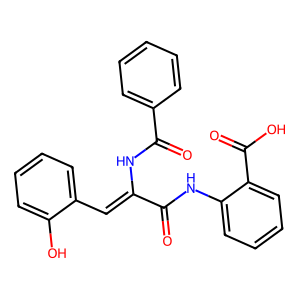
SMILES: O=C(Nc1ccccc1C(=O)O)C(=Cc1ccccc1O)NC(=O)c1ccccc1
Inhibits HIV replication: No